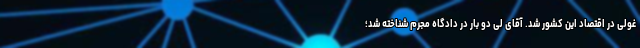
غولی در اقتصاد این کشور شد. آقای لی دو بار در دادگاه مجرم شناخته شد؛